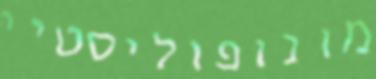
מונופוליסטיי